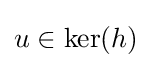
u\in \operatorname {ker} (h)